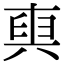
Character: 𠔧